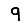
Digit: 9